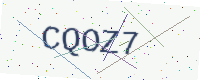
Text: CQOZ7